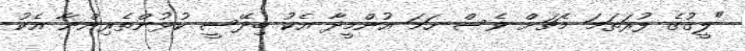
"ލީގުގެ ފުރަތަމަ މެޗަށް ވެސް ހަމަ އުންމީދާ އެކު ބިދޭސީ ކުޅުންތެރިންނާ އެކު